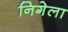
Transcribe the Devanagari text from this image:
निगेला